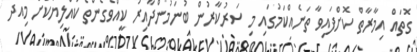
ގޮތައް އިމާރާތް ކޮށްފައިވާ ތަނެއްކަމުގައި މި ސަރުކާރުން ބުނަމުންދާއިރު ކީއްވެގެންތޯ ކުއްލިޔަކަށް މިއަދު